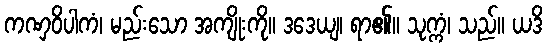
ကဏှဝိပါကံ၊ မည်းသော အကျိုးကို။ ဒဒေယျ၊ ရာ၏။ သုက္ကံ၊ သည်။ ယဒိ